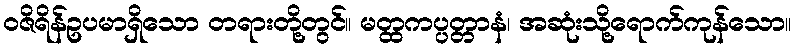
ဝဇိရိန်ဥပမာရှိသော တရားတို့တွင်။ မတ္ထကပ္ပတ္တာနံ၊ အဆုံးသို့ရောက်ကုန်သော။